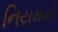
નિયમમો